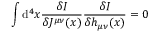
\int \mathrm { d } ^ { 4 } x \frac { \delta I } { \delta J ^ { \mu \nu } ( x ) } \frac { \delta I } { \delta h _ { \mu \nu } ( x ) } = 0